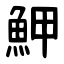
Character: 魻